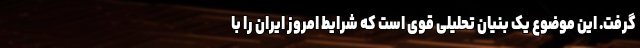
گرفت. این موضوع یک بنیان تحلیلی قوی است که شرایط امروز ایران را با